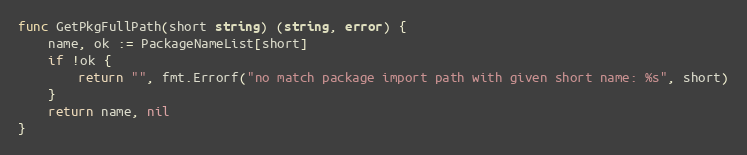
Language: Go
func GetPkgFullPath(short string) (string, error) {
	name, ok := PackageNameList[short]
	if !ok {
		return "", fmt.Errorf("no match package import path with given short name: %s", short)
	}
	return name, nil
}